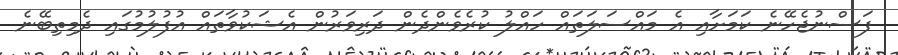
ފަސްނުޖެހޭނެ ކަމަށާއި އެ މައްސަލަތައް ހައްލު ކުރެވެންދެން ދަރިވަރުން އެޝަކުވާތައް އުފުލުމުގައި ދެމިތިބޭނެ